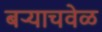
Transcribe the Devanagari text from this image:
बऱ्याचवेळ